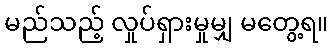
မည်သည့် လှုပ်ရှားမှုမျှ မတွေ့ရ။